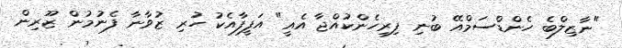
"ނާޒިލްބެ ހެންޑްސަމްއޭ ބުނި ފިރިހެންކުއްޖާ އެއީ" އަފީފާއެކު ހުރި ޒުވާނާ ފެނުމުން ޒޫރިން